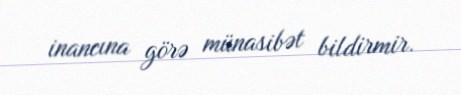
inancına görə münasibət bildirmir.